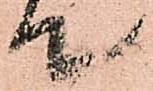
て